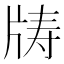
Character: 𪺣